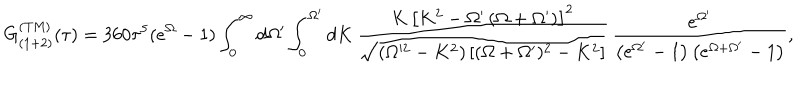
LaTeX: G _ { ( 1 + 2 ) } ^ { \mathrm { ( T M ) } } ( \tau ) = 3 6 0 \tau ^ { 5 } ( e ^ { \Omega } - 1 ) \int _ { 0 } ^ { \infty } d \Omega ^ { \prime } \int _ { 0 } ^ { \Omega ^ { \prime } } d K \, \frac { K \, \left[ K ^ { 2 } - \Omega ^ { \prime } \left( \Omega + \Omega ^ { \prime } \right) \right] ^ { 2 } } { \sqrt { ( \Omega ^ { 2 } - K ^ { 2 } ) \left[ ( \Omega + \Omega ^ { \prime } ) ^ { 2 } - K ^ { 2 } \right] } } \, \frac { e ^ { \Omega ^ { \prime } } } { \left( e ^ { \Omega ^ { \prime } } - 1 \right) \left( e ^ { \Omega + \Omega ^ { \prime } } - 1 \right) } ,